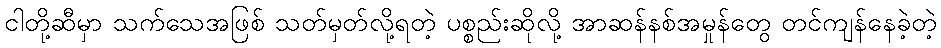
ငါတို့ဆီမှာ သက်သေအဖြစ် သတ်မှတ်လို့ရတဲ့ ပစ္စည်းဆိုလို့ အာဆန်နစ်အမှုန်တွေ တင်ကျန်နေခဲ့တဲ့